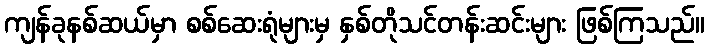
ကျန်ခုနစ်ဆယ်မှာ စစ်ဆေးရုံများမှ နှစ်တိုသင်တန်းဆင်းများ ဖြစ်ကြသည်။